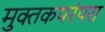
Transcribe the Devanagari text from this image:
मुक्तकपरंपरा